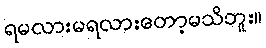
ရမလားမရလားတော့မသိဘူး။